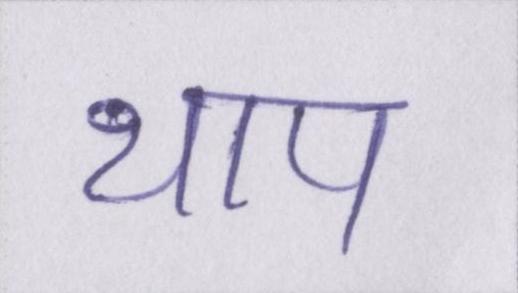
थाप